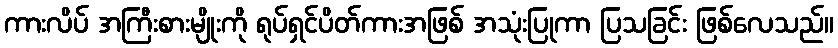
ကားလိပ် အကြီးစားမျိုးကို ရုပ်ရှင်ပိတ်ကားအဖြစ် အသုံးပြုကာ ပြသခြင်း ဖြစ်လေသည်။